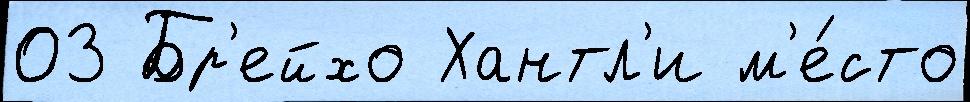
03 Бр'ейхо Хантл'и м'е́сто